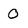
Character: 0